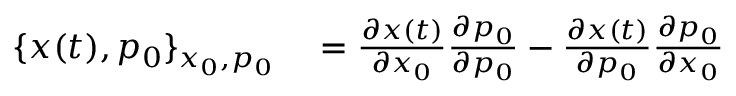
\begin{array} { r l } { \{ x ( t ) , p _ { 0 } \} _ { x _ { 0 } , p _ { 0 } } } & { { } = \frac { \partial x ( t ) } { \partial x _ { 0 } } \frac { \partial p _ { 0 } } { \partial p _ { 0 } } - \frac { \partial x ( t ) } { \partial p _ { 0 } } \frac { \partial p _ { 0 } } { \partial x _ { 0 } } } \end{array}